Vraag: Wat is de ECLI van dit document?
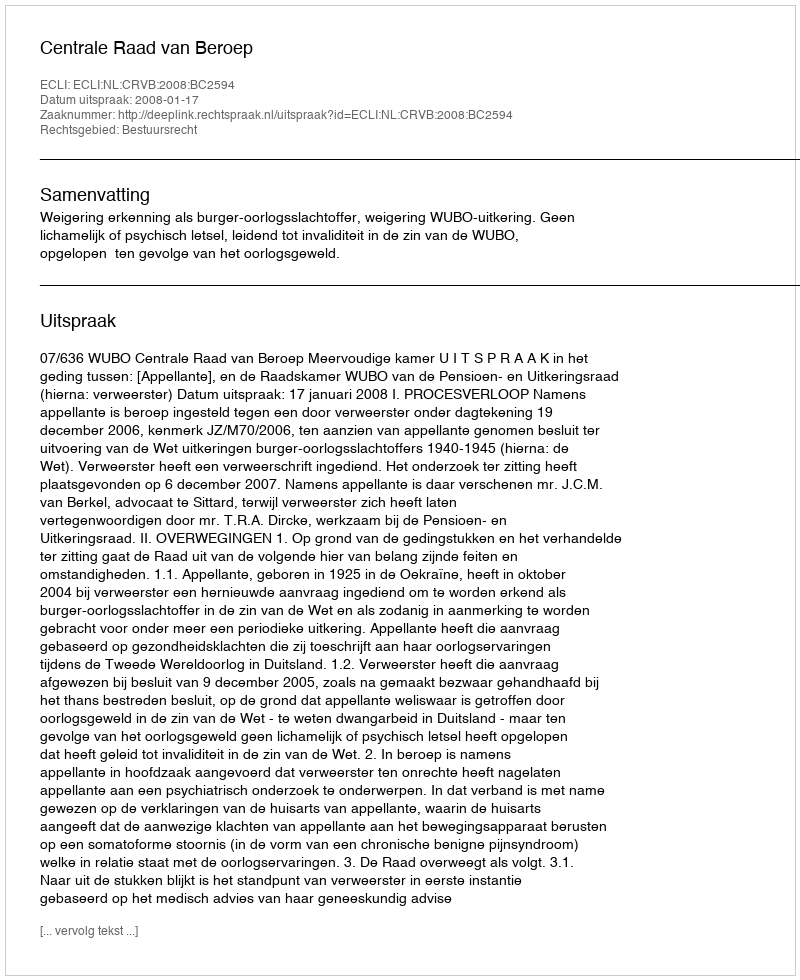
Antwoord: ECLI:NL:CRVB:2008:BC2594